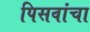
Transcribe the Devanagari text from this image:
पिसवांचा